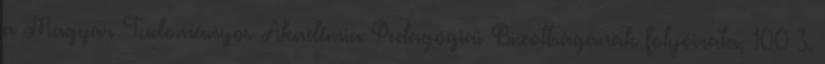
a Magyar Tudományos Akadémia Pedagógiai Bizottságának folyóirata, 100 3.